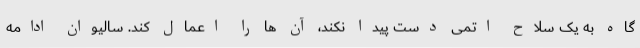
گاه به یک سلاح اتمی دست پیدا نکند، آن ها را اعمال کند. سالیوان ادامه